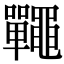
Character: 𪓽